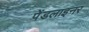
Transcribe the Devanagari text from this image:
पेंडलाइनर